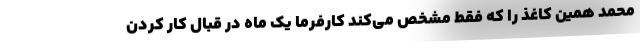
محمد همین کاغذ را که فقط مشخص می‌کند کارفرما یک ماه در قبال کار کردن